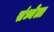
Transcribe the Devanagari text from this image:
संध्येला